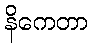
နိကေတာ